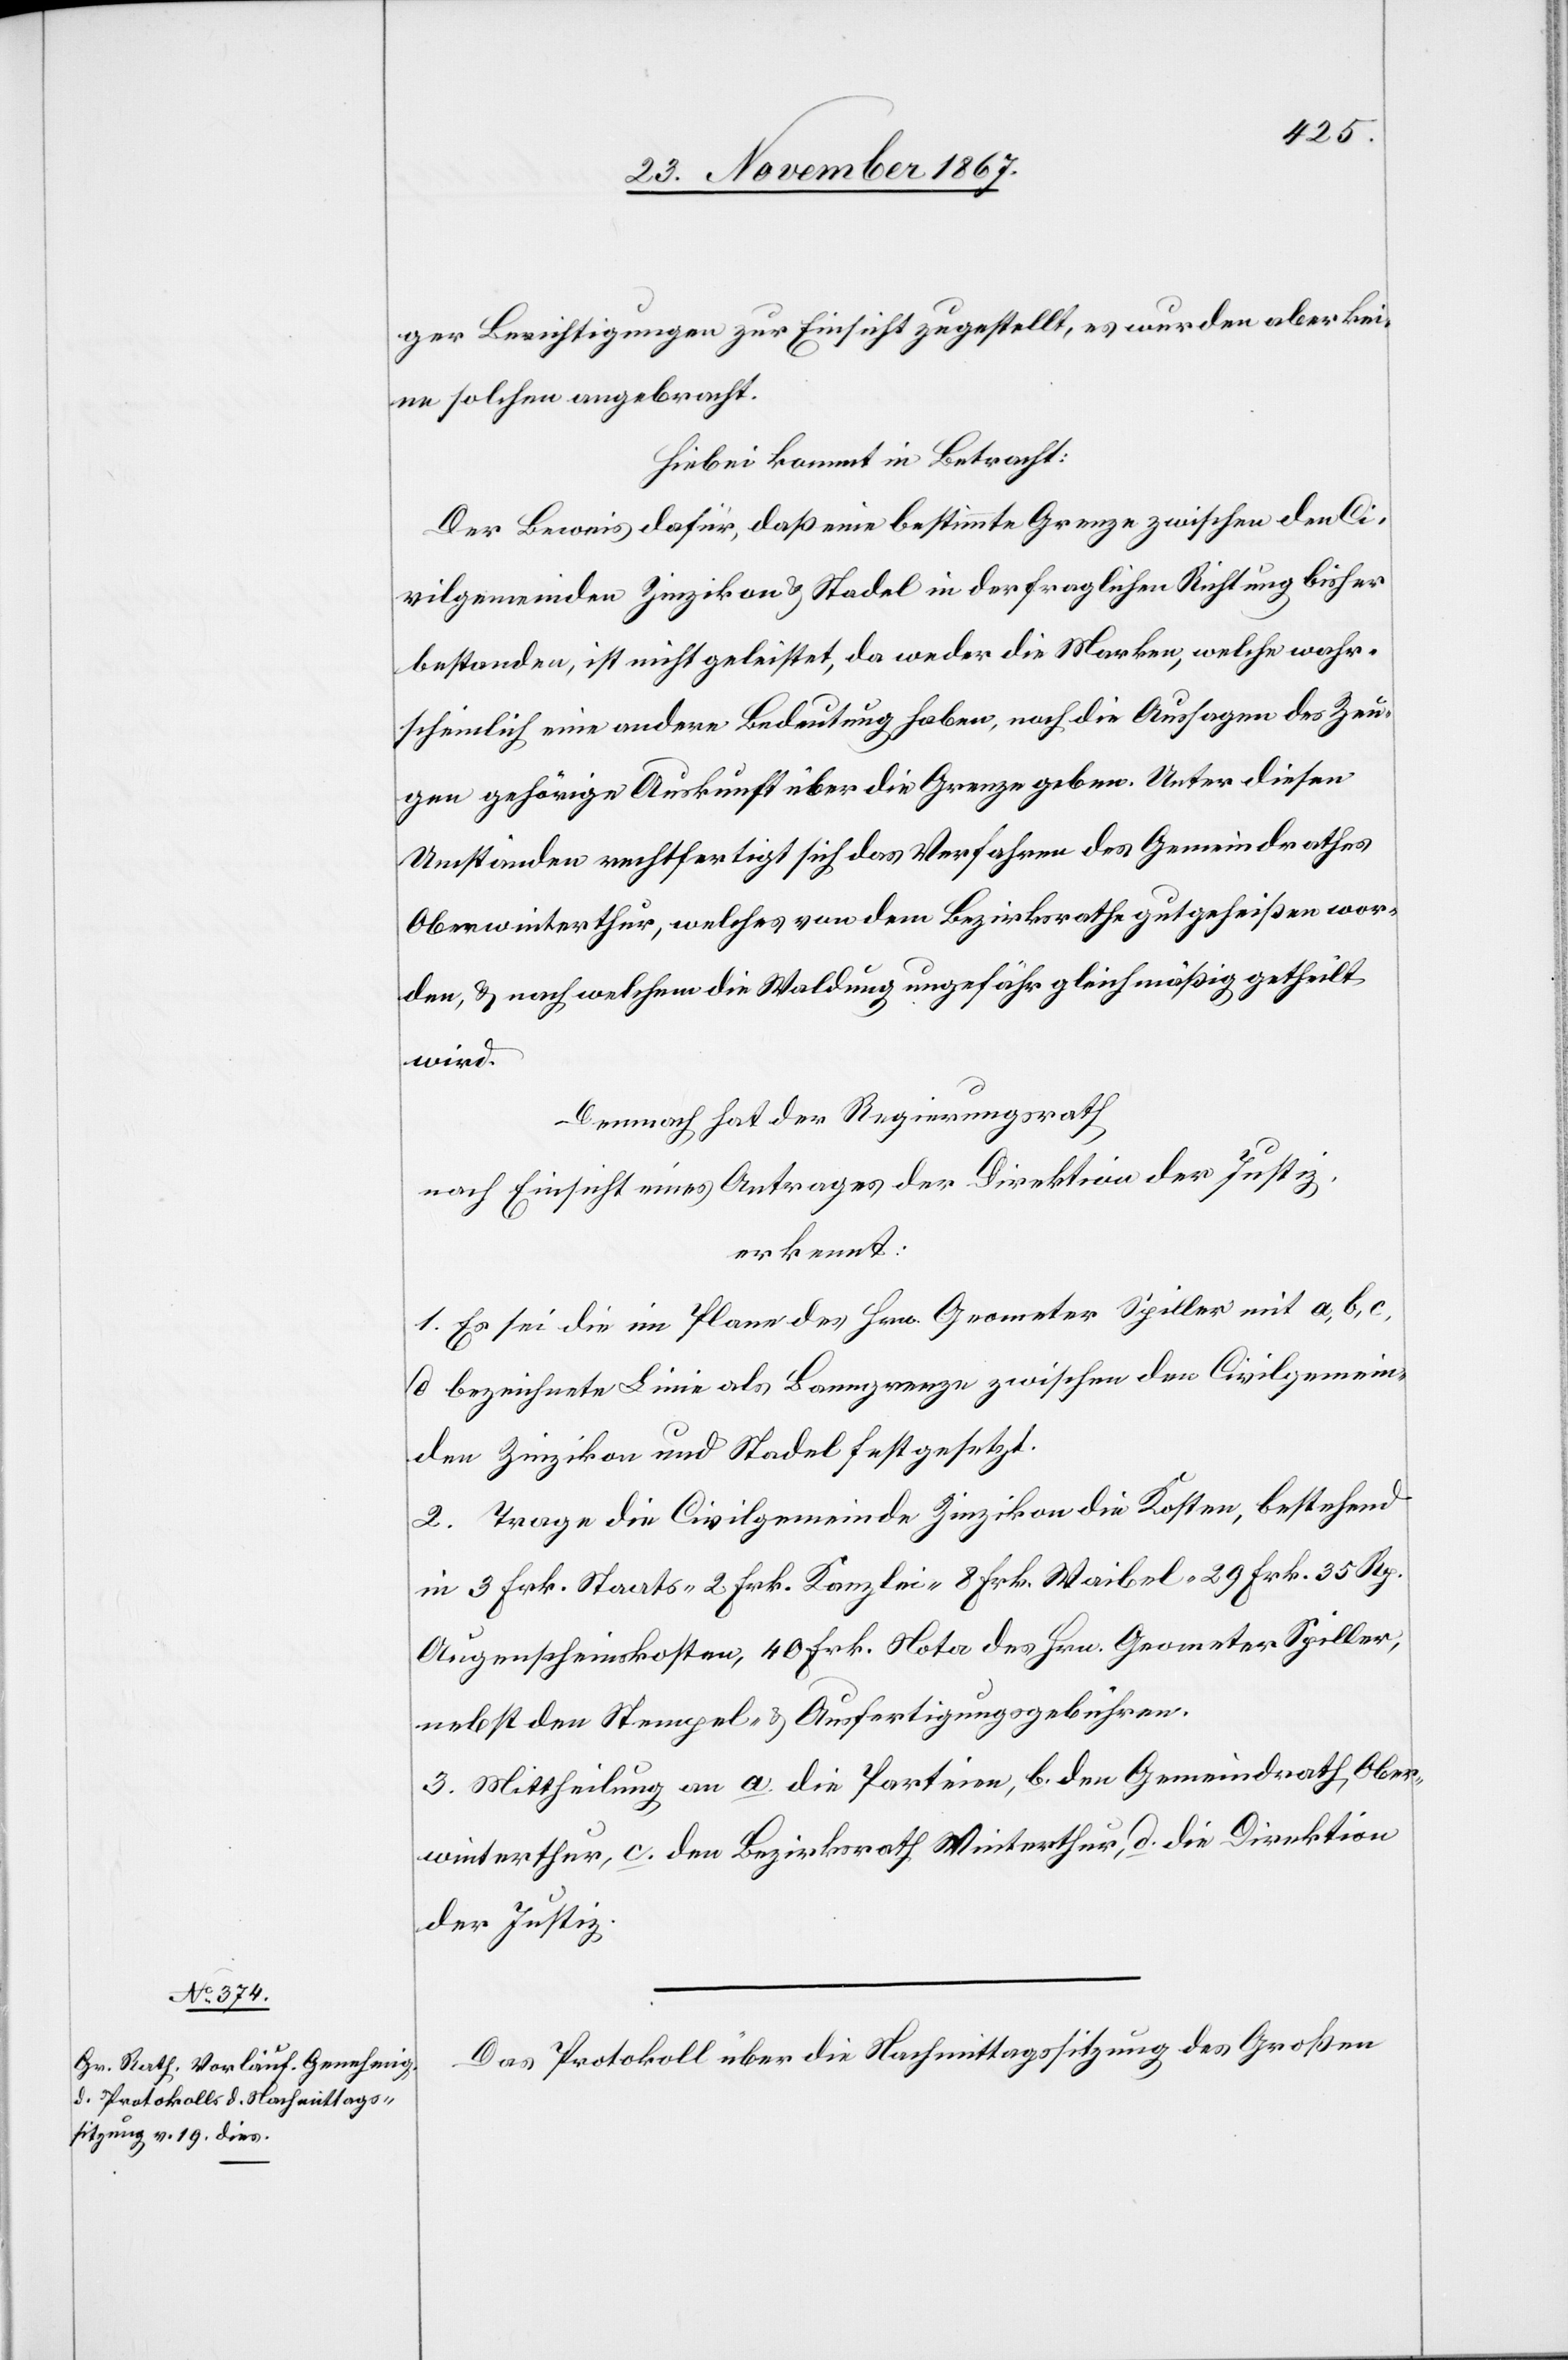
ger Berichtigungen zur Einsicht zugestellt, es wurden aber kei¬
ne solchen angebracht.
Hiebei kommt in Betracht:
Der Beweis dafür, daß eine bestimmte Grenze zwischen den Ci¬
vilgemeinden Zinzikon u. Stadel in der fraglichen Richtung bisher
bestanden, ist nicht geleistet, da weder die Marken, welche wahr¬
scheinlich eine andere Bedeutung haben, noch die Aussagen des Zeu¬
gen gehörige Auskunft über die Grenze geben. Unter diesen
Umständen rechtfertigt sich das Verfahren des Gemeindrathes
Oberwinterthur, welches von dem Bezirksrathe gutgeheißen wor¬
den, u. nach welchem die Waldung ungefähr gleichmäßig getheilt
wird.
Demnach hat der Regierungsrath,
nach Einsicht eines Antrages der Direktion der Justiz,
erkennt:
1. Es sei die im Plane des Hrn. Geometer Spiller mit a, b, c,
d bezeichnete Linie als Banngrenze zwischen den Civilgemein¬
den Zinzikon und Stadel festgesetzt.
2. Trage die Civilgemeinde Zinzikon die Kosten, bestehend
in 3 Frk. Staats- 2 Frk. Kanzlei- 8 Frk. Waibel- 29 Frk. 35 Rp.
Augenscheinskosten, 40 Frk. Nota des Hrn. Geometer Spiller,
nebst den Stempel- u. Ausfertigungsgebühren.
3. Mittheilung an a. die Parteien, b. den Gemeindrath Ober¬
winterthur, c. den Bezirksrath Winterthur, d. die Direktion
der Justiz.
Das Protokoll über die Nachmittagssitzung des Großen